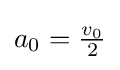
a_{0}={\tfrac {v_{0}}{2}}